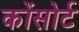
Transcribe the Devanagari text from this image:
कोंसोर्ट